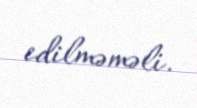
edilməməli.